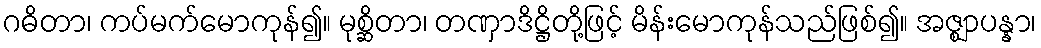
ဂဓိတာ၊ ကပ်မက်မောကုန်၍။ မုစ္ဆိတာ၊ တဏှာဒိဋ္ဌိတို့ဖြင့် မိန်းမောကုန်သည်ဖြစ်၍။ အဇ္ဈာပန္နာ၊